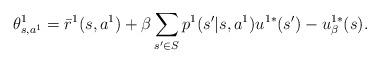
LaTeX: \begin{align*} \theta_{s,a^1}^1=\bar{r}^1(s,a^1)+\beta \sum_{s'\in S} p^1(s'|s,a^1) u^{1*}(s')-u_\beta^{1*}(s).\end{align*}